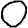
Digit: 0